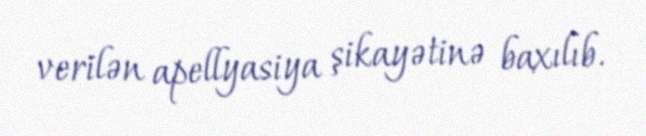
verilən apellyasiya şikayətinə baxılıb.